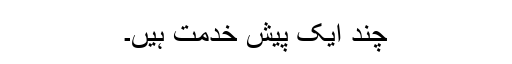
چند ایک پیش خدمت ہیں۔